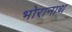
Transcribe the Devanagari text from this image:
भोरानाथ